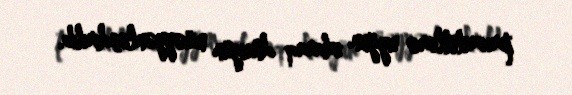
prioritetlərə uyğun olaraq düzgün müəyyənləşdirilib.